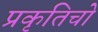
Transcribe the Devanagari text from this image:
प्रकृतिचो